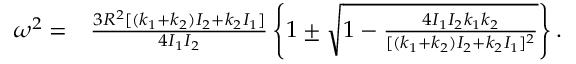
\begin{array} { r l } { \omega ^ { 2 } = } & { { } \frac { 3 R ^ { 2 } [ ( k _ { 1 } + k _ { 2 } ) I _ { 2 } + k _ { 2 } I _ { 1 } ] } { 4 I _ { 1 } I _ { 2 } } \left\{ 1 \pm \sqrt { 1 - \frac { 4 I _ { 1 } I _ { 2 } k _ { 1 } k _ { 2 } } { [ ( k _ { 1 } + k _ { 2 } ) I _ { 2 } + k _ { 2 } I _ { 1 } ] ^ { 2 } } } \right\} . } \end{array}